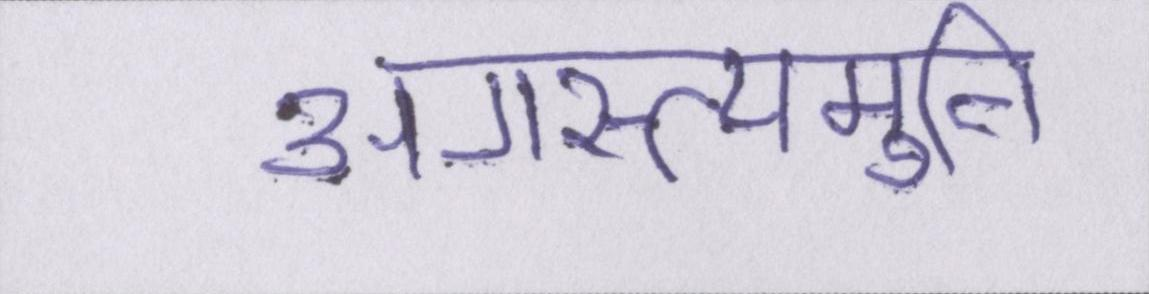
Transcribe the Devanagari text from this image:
अगस्त्यमुनि